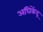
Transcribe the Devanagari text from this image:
अघिकेंद्र